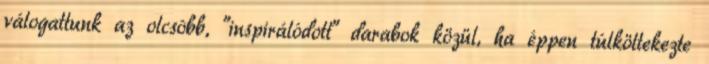
válogattunk az olcsóbb, "inspirálódott" darabok közül, ha éppen túlköltekezte